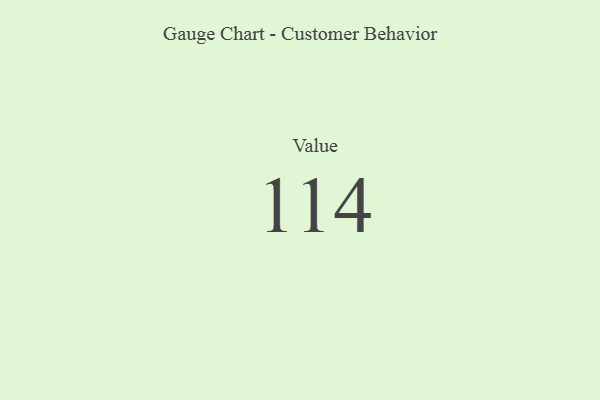
{"axis": {"x": "Metric", "y": "Value"}, "legend": [""], "data": [{"x": "Value", "y": 114, "type": ""}]}